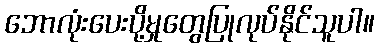
ဘောလုံးပေးပို့မှုတွေပြုလုပ်နိုင်သူပါ။